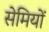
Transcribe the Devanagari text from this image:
सेमियों